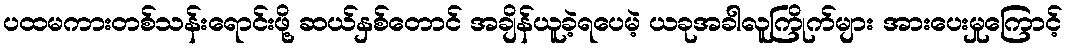
ပထမကားတစ်သန်းရောင်းဖို့ ဆယ်နှစ်တောင် အချိန်ယူခဲ့ရပေမဲ့ ယခုအခါလူကြိုက်များ အားပေးမှုကြောင့်